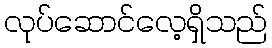
လုပ်ဆောင်လေ့ရှိသည်